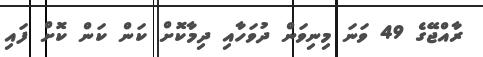
ރާއްޖޭގެ 49 ވަނަ މިނިވަން ދުވަހާއި ދިމާކޮށް ކަން ކަން ކޮށް ފައި